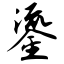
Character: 鎏